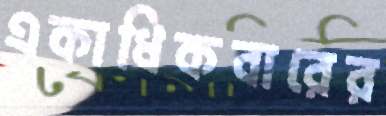
একাধিকবারের